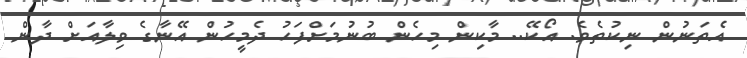
އެތަނުން ނިކުތެވެ. އޯކޭ.. މާކިން މިހެން ބުނުމަށްފަހު ދެމީހުން އޭނާގެ ވިލާއަށް ދާން